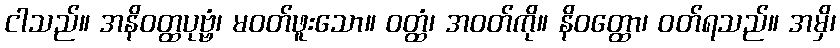
ငါသည်။ အနိဝတ္ထပုဗ္ဗံ၊ မဝတ်ဖူးသော။ ဝတ္ထံ၊ အဝတ်ကို။ နိဝတ္ထော၊ ဝတ်ရသည်။ အမှိ၊